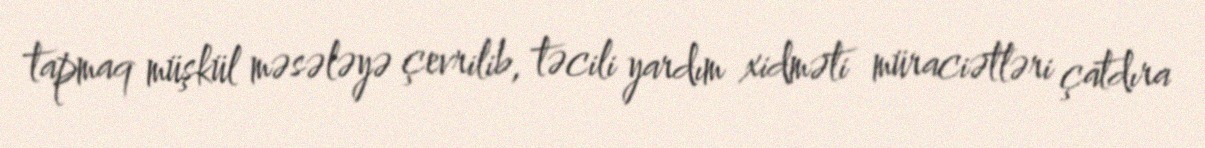
tapmaq müşkül məsələyə çevrilib, təcili yardım xidməti müraciətləri çatdıra